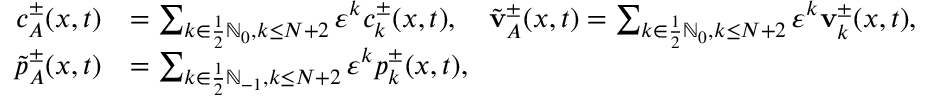
\begin{array} { r l } { c _ { A } ^ { \pm } ( x , t ) } & { = \sum _ { k \in \frac 1 2 \ensuremath { \mathbb { N } } _ { 0 } , k \leq N + 2 } \ensuremath { \varepsilon } ^ { k } c _ { k } ^ { \pm } ( x , t ) , \quad \tilde { \mathbf { v } } _ { A } ^ { \pm } ( x , t ) = \sum _ { k \in \frac 1 2 \ensuremath { \mathbb { N } } _ { 0 } , k \leq N + 2 } \ensuremath { \varepsilon } ^ { k } \mathbf { v } _ { k } ^ { \pm } ( x , t ) , } \\ { \tilde { p } _ { A } ^ { \pm } ( x , t ) } & { = \sum _ { k \in \frac 1 2 \ensuremath { \mathbb { N } } _ { - 1 } , k \leq N + 2 } \ensuremath { \varepsilon } ^ { k } p _ { k } ^ { \pm } ( x , t ) , } \end{array}